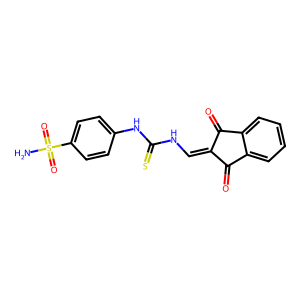
SMILES: NS(=O)(=O)c1ccc(NC(=S)NC=C2C(=O)c3ccccc3C2=O)cc1
Inhibits HIV replication: No